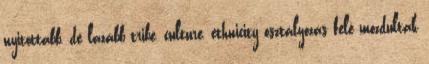
nyitottabb, de lazább tribe, culture, ethnicity osztályozás felé mozdultak